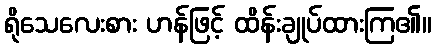
ရိုသေလေးစား ဟန်ဖြင့် ထိန်းချုပ်ထားကြ၏။